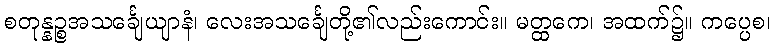
စတုန္နဉ္စအသင်္ချေယျာနံ၊ လေးအသင်္ချေတို့၏လည်းကောင်း။ မတ္ထကေ၊ အထက်၌။ ကပ္ပေစ၊